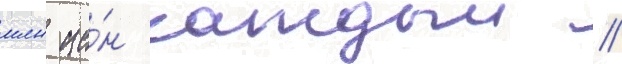
млн ие́н каждыи //